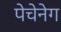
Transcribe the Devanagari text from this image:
पेचेनेग